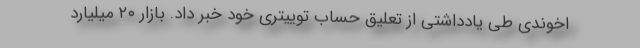
اخوندی طی یادداشتی از تعلیق حساب توییتری خود خبر داد. بازار ۲۰ میلیارد